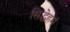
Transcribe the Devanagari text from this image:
सिद्धेहम